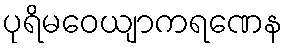
ပုရိမဝေယျာကရဏေန